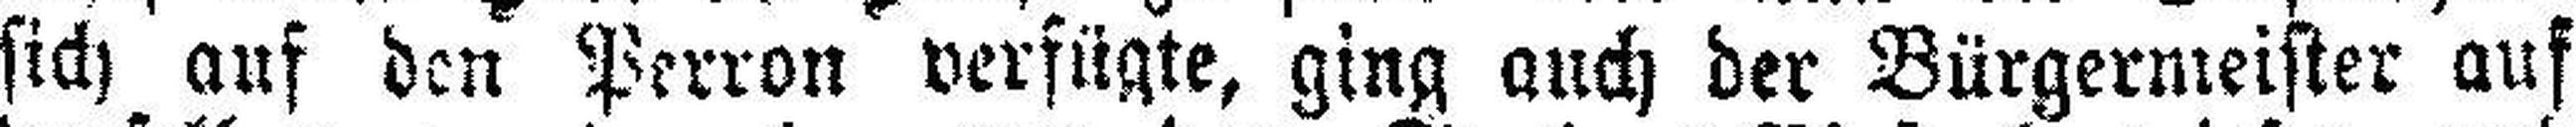
sich auf den Perron verfügte, ging auch der Bürgermeister auf